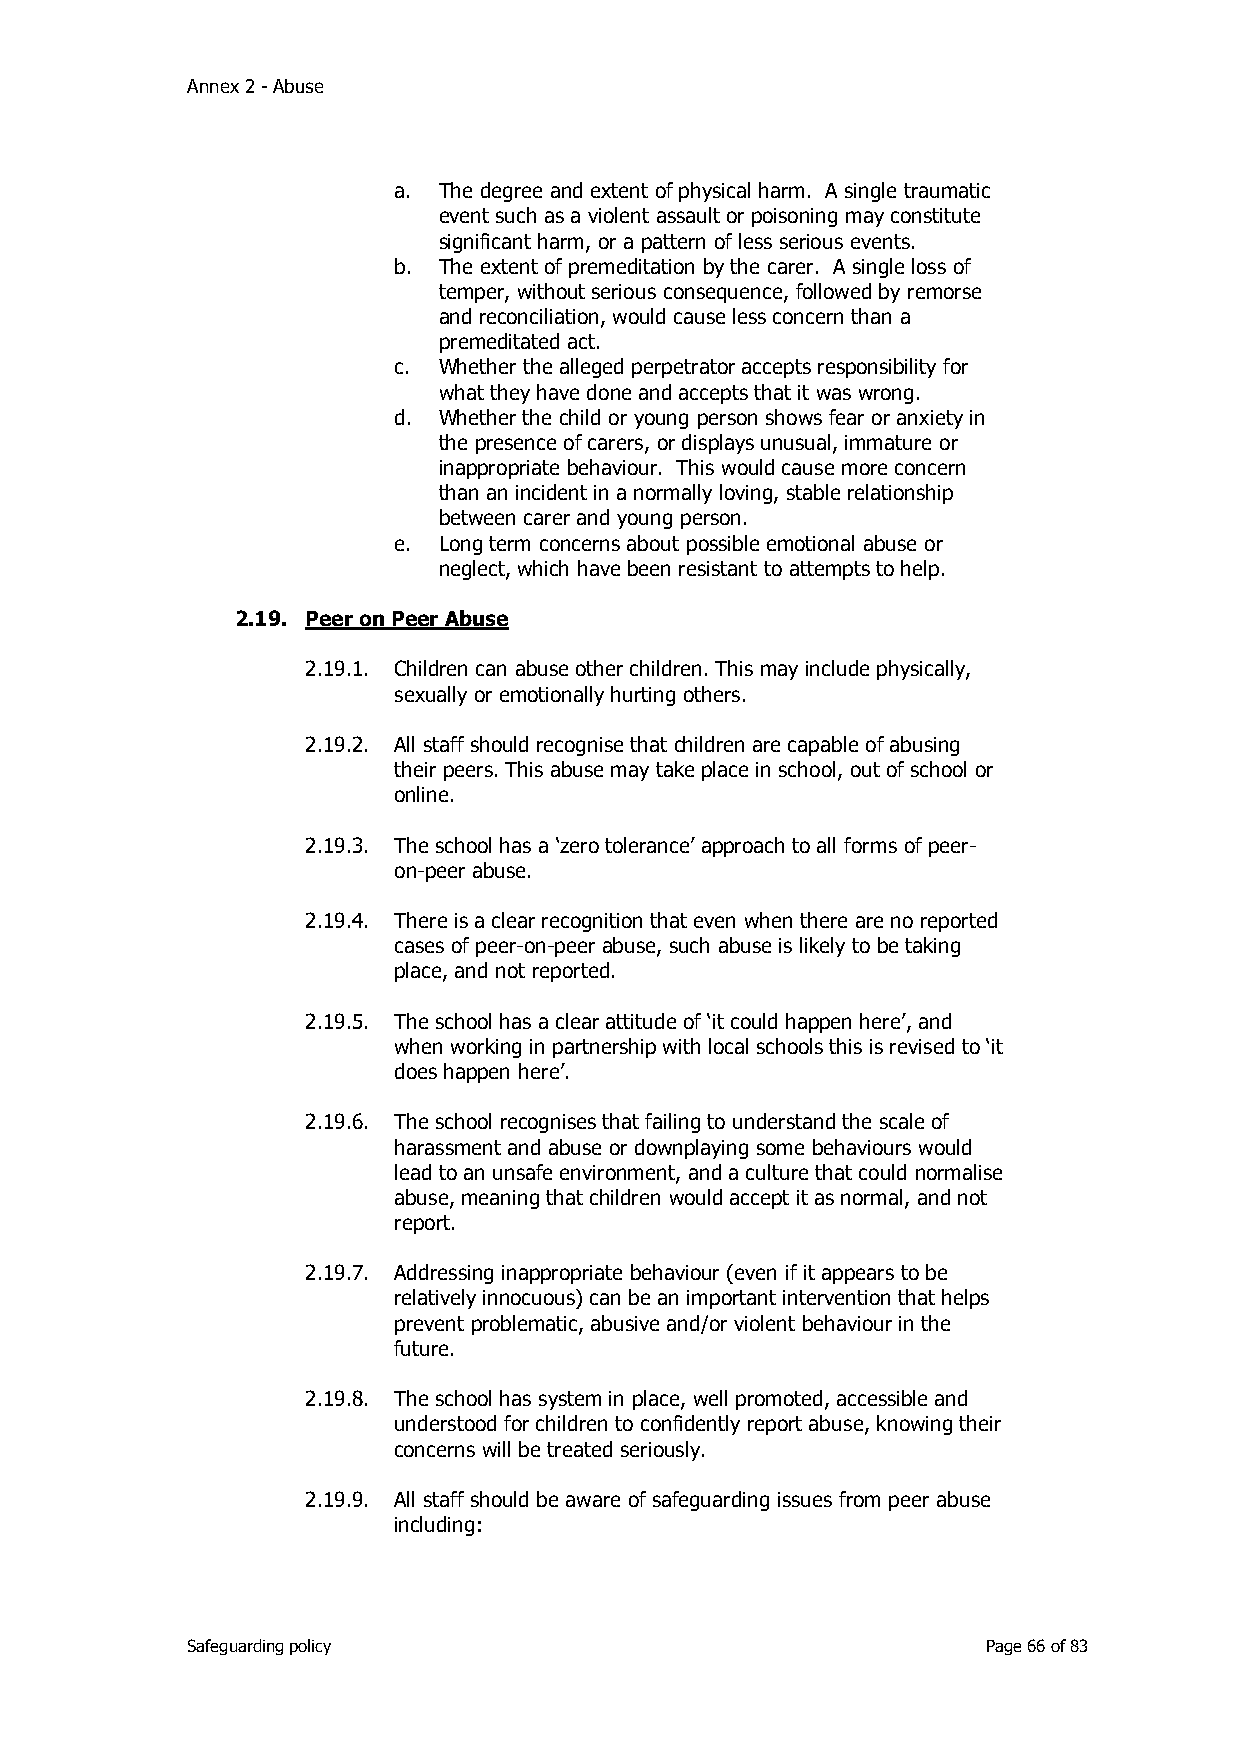
Annex 2 - Abuse
 a. The degree and extent of physical harm. A single traumatic
 event such as a violent assault or poisoning may constitute
 significant harm, or a pattern of less serious events.
 b. The extent of premeditation by the carer. A single loss of
 temper, without serious consequence, followed by remorse
 and reconciliation, would cause less concern than a
 premeditated act.
 c. Whether the alleged perpetrator accepts responsibility for
 what they have done and accepts that it was wrong.
 d. Whether the child or young person shows fear or anxiety in
 the presence of carers, or displays unusual, immature or
 inappropriate behaviour. This would cause more concern
 than an incident in a normally loving, stable relationship
 between carer and young person.
 e. Long term concerns about possible emotional abuse or
 neglect, which have been resistant to attempts to help.
 2.19. Peer on Peer Abuse
 2.19.1. Children can abuse other children. This may include physically,
 sexually or emotionally hurting others.
 2.19.2. All staff should recognise that children are capable of abusing
 their peers. This abuse may take place in school, out of school or
 online.
 2.19.3. The school has a ‘zero tolerance’ approach to all forms of peer-
 on-peer abuse.
 2.19.4. There is a clear recognition that even when there are no reported
 cases of peer-on-peer abuse, such abuse is likely to be taking
 place, and not reported.
 2.19.5. The school has a clear attitude of ‘it could happen here’, and
 when working in partnership with local schools this is revised to ‘it
 does happen here’.
 2.19.6. The school recognises that failing to understand the scale of
 harassment and abuse or downplaying some behaviours would
 lead to an unsafe environment, and a culture that could normalise
 abuse, meaning that children would accept it as normal, and not
 report.
 2.19.7. Addressing inappropriate behaviour (even if it appears to be
 relatively innocuous) can be an important intervention that helps
 prevent problematic, abusive and/or violent behaviour in the
 future.
 2.19.8. The school has system in place, well promoted, accessible and
 understood for children to confidently report abuse, knowing their
 concerns will be treated seriously.
 2.19.9. All staff should be aware of safeguarding issues from peer abuse
 including:
 Safeguarding policy                                  Page 66 of 83